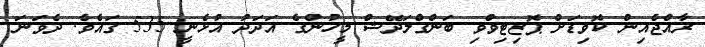
ރާއްޖެއިން ކޮވިޑަށް ޕޮޒިޓިވްވި ބަންގްލަދޭޝް މީހުންގެ އަދަދު އުޅެނީ 535 ގައެވެ. ދެވަނަ